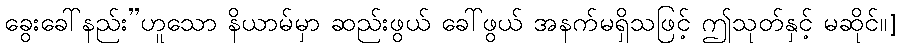
ခွေးခေါ်နည်း”ဟူသော နိယာမ်မှာ ဆည်းဖွယ် ခေါ်ဖွယ် အနက်မရှိသဖြင့် ဤသုတ်နှင့် မဆိုင်။]